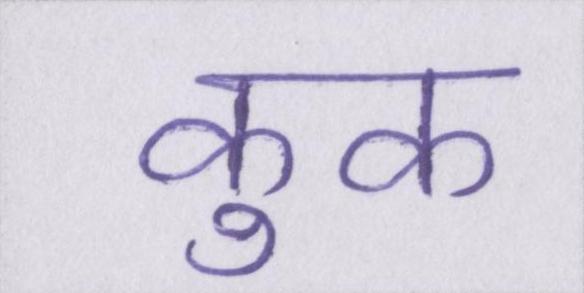
कुक